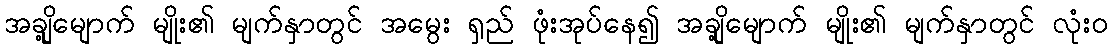
အချို့မျောက် မျိုး၏ မျက်နှာတွင် အမွေး ရှည် ဖုံးအုပ်နေ၍ အချို့မျောက် မျိုး၏ မျက်နှာတွင် လုံးဝ